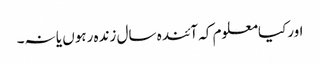
اورکیامعلوم کہ آئندہ سال زندہ رہوں یا نہ۔